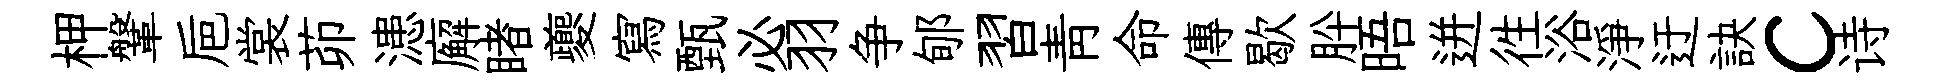
柙鞶巵裳茆漶廨睹夔寫甄必羽争郇習靑命傳歇肸晤迸徃浴淨迂訣c诗